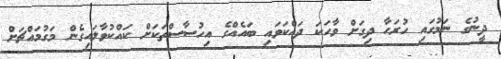
ދީނުގެ ނަމުގައި ހުރަހާ ދިގަށް ވާހަކަ ދައްކަވައި ބައެއްގެ އިހުސާސްތަކަށް ކައްކުވާލައިގެން މަގުމައްޗަށް